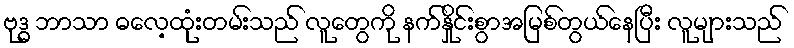
ဗုဒ္ဓ ဘာသာ ဓလေ့ထုံးတမ်းသည် လူတွေကို နက်နှိုင်းစွာအမြစ်တွယ်နေပြီး လူများသည်